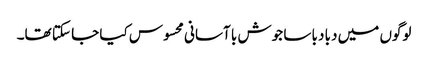
لوگوں میں دبا دبا سا جوش با آسانی محسوس کیا جا سکتا تھا۔